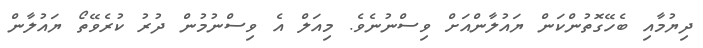
ދިޔުމާއި ބެހޭގޮތުންކަން ޔައުލާންއަށް ވިސްނުނެވެ. މިއަލް އެ ވިސްނުމުން ދުރު ކުރެވޭތޯ ޔައުލާން